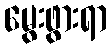
မွေးဖွားရာ